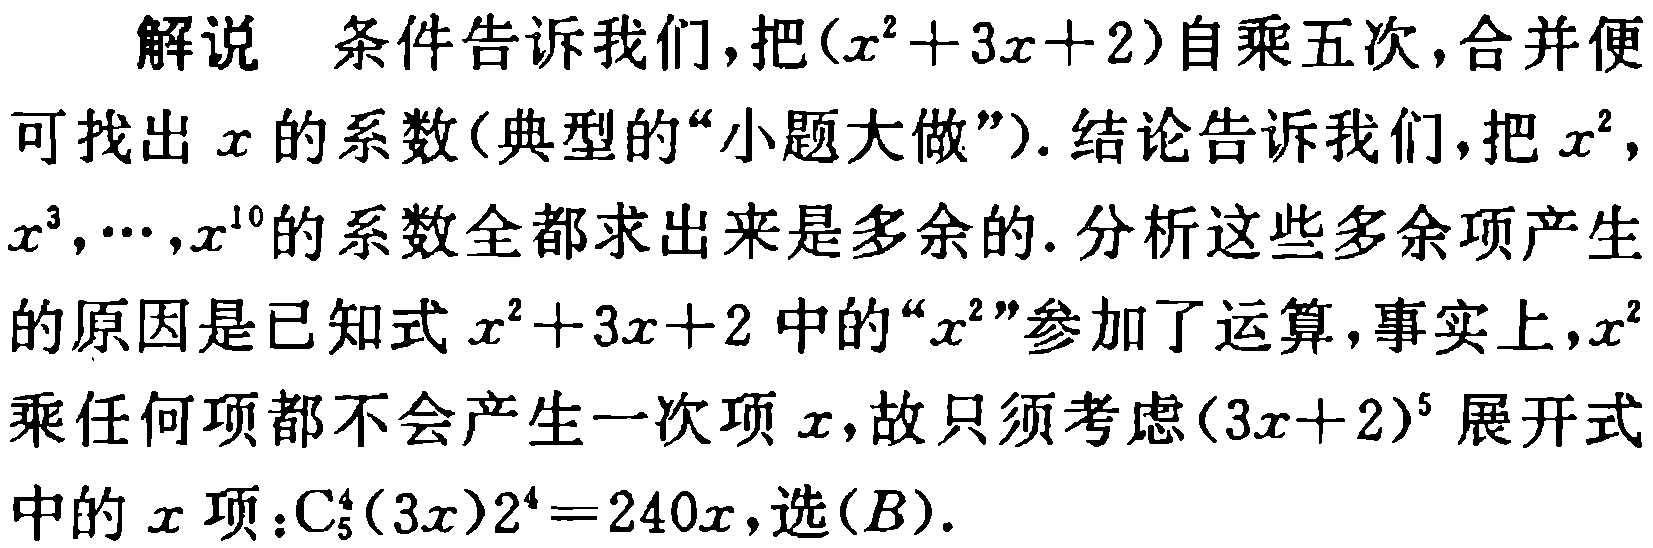
解说 条件告诉我们，把\((x^{2}+3x + 2)\)自乘五次，合并便可找出\(x\)的系数(典型的“小题大做”). 结论告诉我们，把\(x^{2}\)，\(x^{3},\cdots,x^{10}\)的系数全都求出来是多余的. 分析这些多余项产生的原因是已知式\(x^{2}+3x + 2\)中的“\(x^{2}\)”参加了运算，事实上，\(x^{2}\)乘任何项都不会产生一次项\(x\)，故只须考虑\((3x + 2)^{5}\)展开式中的\(x\)项：\(\mathrm{C}_{5}^{4}(3x)2^{4}=240x\)，选\((B)\).